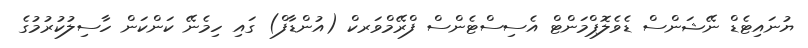
ޔުނައިޓެޑް ނޭޝަންސް ޑެވެލޮޕްމަންޓް އެސިސްޓެންސް ފްރޭމްވަރކް (އުންޑާފް) ގައި ހިމެނޭ ކަންކަން ހާސިލުކުރުމުގެ